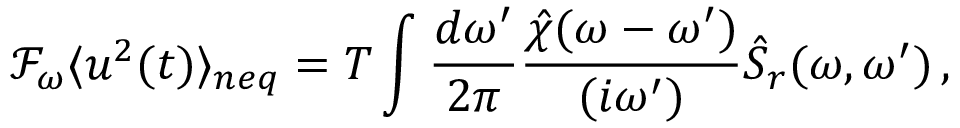
\mathcal { F } _ { \omega } \langle u ^ { 2 } ( t ) \rangle _ { n e q } = T \int \frac { d \omega ^ { \prime } } { 2 \pi } \frac { \hat { \chi } ( \omega - \omega ^ { \prime } ) } { ( i \omega ^ { \prime } ) } \hat { S } _ { r } ( \omega , \omega ^ { \prime } ) \, ,